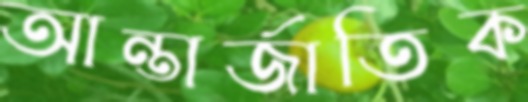
আন্তার্জাতিক